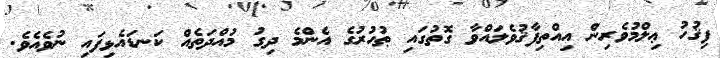
ފިޤުހު ޢިލްމުވެރިން އިއްތިފާޤުވެލައްވާ ގޮތުގައި ޠުހުރުގެ އެންމެ ދިގު މުއްދަތެއް ކަނޑައެޅިފައި ނުވެއެވެ.